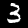
Label: 3